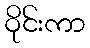
ဝိုင်းကာ